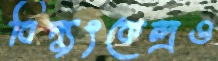
বিদ্যুৎকেন্দ্রও